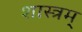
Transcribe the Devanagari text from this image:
शास्त्रम्